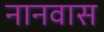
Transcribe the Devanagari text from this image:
नानवास